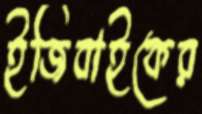
ইজিবাইকের